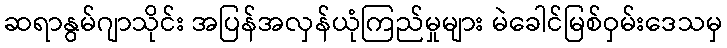
ဆရာနွမ်ဂျာသိုင်း အပြန်အလှန်ယုံကြည်မှုများ မဲခေါင်မြစ်ဝှမ်းဒေသမှ